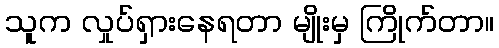
သူက လှုပ်ရှားနေရတာ မျိုးမှ ကြိုက်တာ။